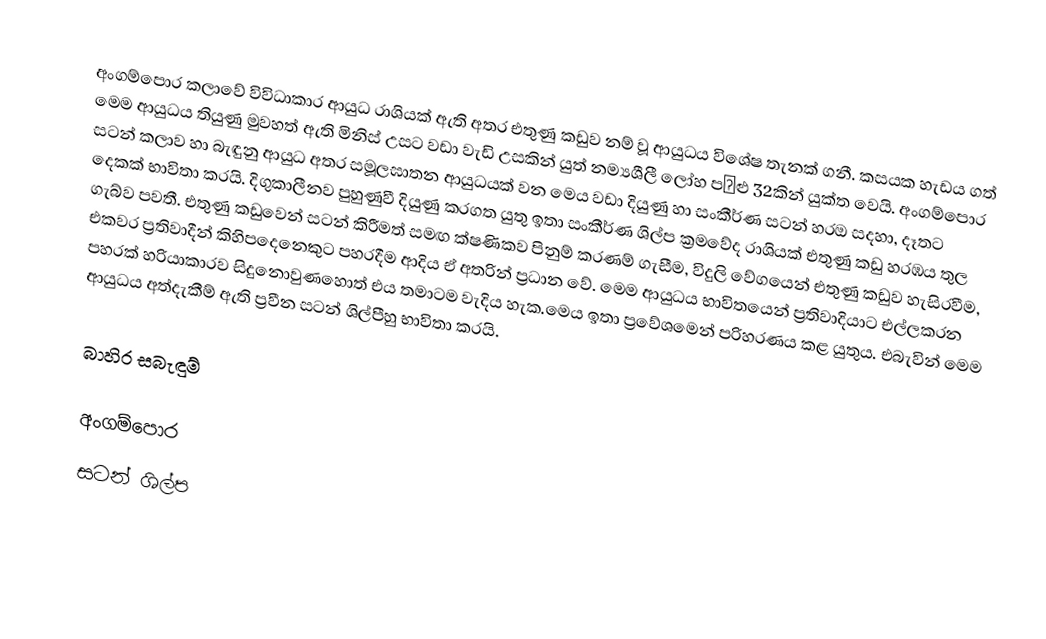
අංගම්පොර කලාවේ විවිධාකාර ආයුධ රාශියක් ඇති අතර එතුණු කඩුව නම් වූ ආයුධය විශේෂ තැනක් ගනී. කසයක හැඩය ගත් මෙම ආයුධය තියුණු මුවහත් ඇති මිනිස් උසට වඩා වැඩි උසකින් යුත් නම්‍යශීලී ලෝහ පළු 32කින් යුක්ත වෙයි. අංගම්පොර සටන් කලාව හා බැඳුනු ආයුධ අතර සමූලඝාතන ආයුධයක් වන මෙය වඩා දියුණු හා සංකීර්ණ  සටන් හරඔ සදහා, දෑතට දෙකක් භාවිතා කරයි. දිගුකාලීනව පුහුණුවී දියුණු කරගත යුතු ඉතා සංකීර්ණ ශිල්ප ක්‍රමවේද රාශියක් එතුණු කඩු හරඹය තුල ගැබ්ව පවතී. එතුණු කඩුවෙන් සටන් කිරීමත් සමඟ ක්ෂණිකව පිනුම් කරණම් ගැසීම, විදුලි වේගයෙන් එතුණු කඩුව හැසිරවීම, එකවර ප්‍රතිවාදීන් කිහිපදෙනෙකුට පහරදීම ආදිය ඒ අතරින් ප්‍රධාන වේ. මෙම ආයුධය භාවිතයෙන් ප්‍රතිවාදියාට එල්ලකරන පහරක් හරියාකාරව සිදුනොවුණහොත් එය තමාටම වැදිය හැක.මෙය ඉතා ප්‍රවේශමෙන් පරිහරණය කළ යුතුය. එබැවින් මෙම ආයුධය අත්දැකීම් ඇති ප්‍රවීන සටන් ශිල්පීහු භාවිතා කරයි.

බාහිර සබැඳුම්

අංගම්පොර
සටන් ශිල්ප